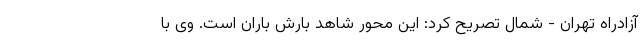
آزادراه تهران - شمال تصریح کرد: این محور شاهد بارش باران است. وی با